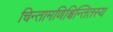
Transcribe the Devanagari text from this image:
चिन्तामणिश्चिन्तितस्य